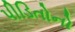
પીડિતોનો